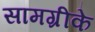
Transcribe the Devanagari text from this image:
सामग्रीके